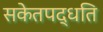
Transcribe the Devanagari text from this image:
सकेतपद्धति